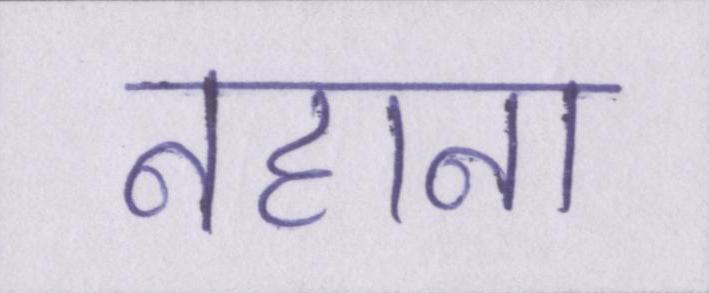
नहाना